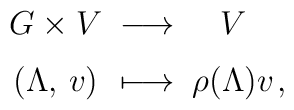
\renewcommand{\arraystretch}{1.4}    \arraycolsep0.2mm    \begin{array}{c@{\;\;}c@{\;\;}cl}        G \times V       & \longrightarrow       & V       &      \\        (\Lambda,\,v)       & \longmapsto      & \rho(\Lambda)v       & ,\;\;\;    \end{array}